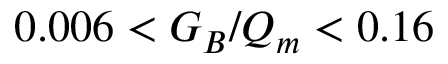
0 . 0 0 6 < G _ { B } / Q _ { m } < 0 . 1 6